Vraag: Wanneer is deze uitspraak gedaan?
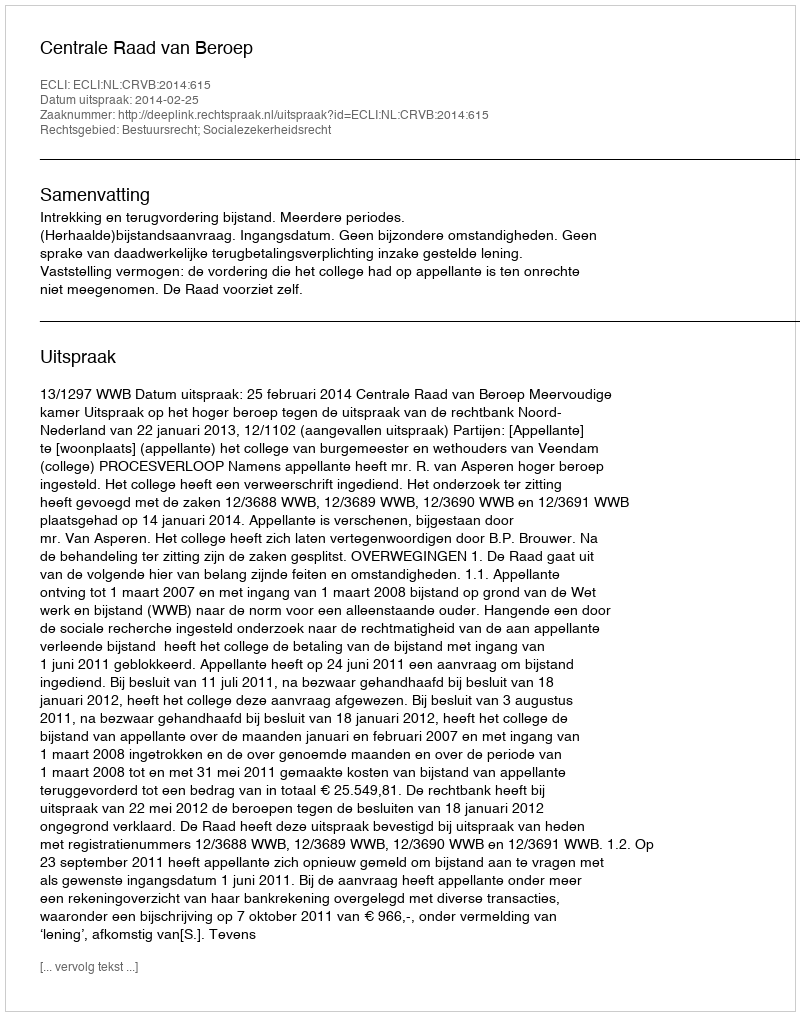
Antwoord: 2014-02-25